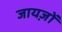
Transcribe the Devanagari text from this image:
जायज़ों